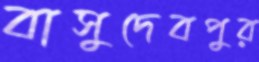
বাসুদেবপুর